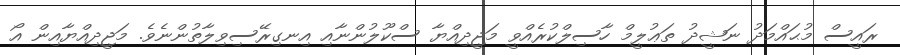
ރައީސް މުޙައްމަދު ނަޝީދު ތަޢުލީމް ހާސިލްކުރެއްވީ މަޖީދިއްޔާ ސްކޫލުންނާއި އިނގިރޭސިވިލާތުންނެވެ. މަޖީދިއްޔާއިން އޯ